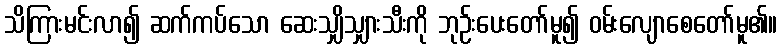
သိကြားမင်းလာ၍ ဆက်ကပ်သော ဆေးသျှိသျှားသီးကို ဘုဉ်းပေးတော်မူ၍ ဝမ်းလျောစေတော်မူ၏။